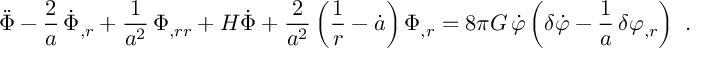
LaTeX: \ddot { \Phi } - \frac { 2 } { a } \, \dot { \Phi } _ { , r } + \frac { 1 } { a ^ { 2 } } \, \Phi _ { , r r } + H \dot { \Phi } + \frac { 2 } { a ^ { 2 } } \left( \frac { 1 } { r } - \dot { a } \right) \Phi _ { , r } = 8 \pi G \, \dot { \varphi } \left( \delta \dot { \varphi } - \frac { 1 } { a } \, \delta \varphi _ { , r } \right) \ .